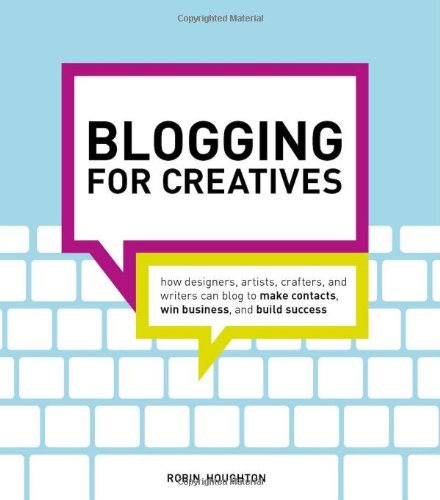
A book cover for Blogging for Creatives: How designers, artists, crafters and writers can blog to make contacts, win business and build success; Robin Houghton; Arts & Photography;